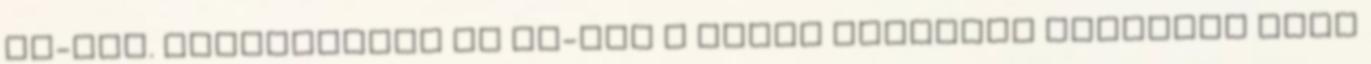
BM-nél. Hivatalosan az MH-ban a barna surranót barnával vagy